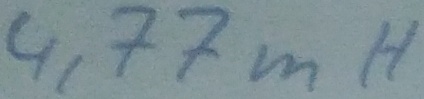
Text: 4,77mH